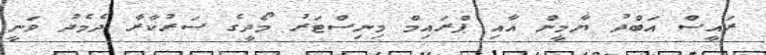
ރައީސް އަބްދު ޔާމީން އާއި ޕްރައިމް މިނިސްޓަރު މޯދީގެ ސަރުކާރާ ދެމެދު ވަނީ